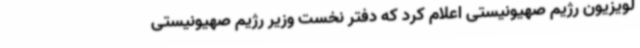
لویزیون رژیم صهیونیستی اعلام کرد که دفتر نخست وزیر رژیم صهیونیستی